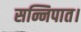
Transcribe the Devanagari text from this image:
सन्निपात।